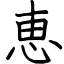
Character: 恵